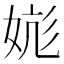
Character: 𪥹